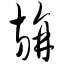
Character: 旃